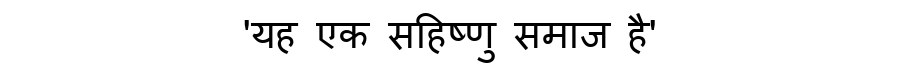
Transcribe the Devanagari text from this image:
'यह एक सहिष्णु समाज है'